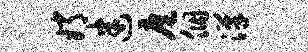
嫦迷扈个汉